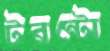
টরন্টো